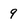
Character: 9